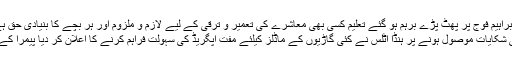
سمیع ابراہیم فوج پر پھٹ پڑے برہم ہو گئے تعلیم کسی بھی معاشرے کی تعمیر و ترقی کے لیے لازم و ملزوم اور ہر بچے کا بنیادی حق ہے، نیول چیف
فنی خرابی کی شکایات موصول ہونے پر ہنڈا اٹلس نے کئی گاڑیوں کے ماڈلز کیلئے مفت اپگریڈ کی سہولت فراہم کرنے کا اعلان کر دیا پیمرا کے سال 2018۔